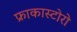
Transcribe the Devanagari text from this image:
फ्राकास्टोरो